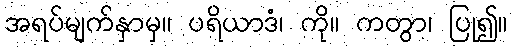
အရပ်မျက်နှာမှ။ ပရိယာဒံ၊ ကို။ ကတွာ၊ ပြု၍။